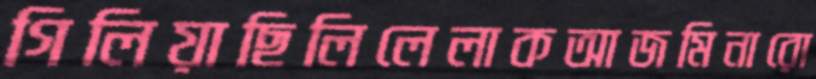
গিলিয়াছিলিলেলাকআজমিনারো